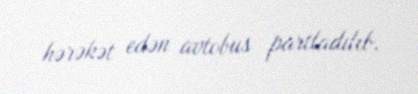
hərəkət edən avtobus partladılıb.